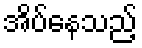
အိပ်နေသည့်